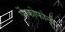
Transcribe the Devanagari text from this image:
फ्रेंकोफोनी